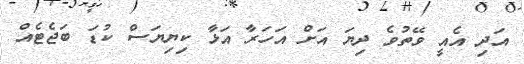
އަދި އެއީ ވޭތުވެ ދިޔަ އަށް އަހަރާ އަޅާ ކިޔިޔަސް ކުޑަ ބަޖެޓެއް